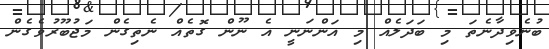
ބުނެވިދާނެތަ މި ބަދަލެއް މި އަންނަނީ އެ ނޫން ގޮތެއް ނެތިގެން މަޖުބޫރުވެގެން